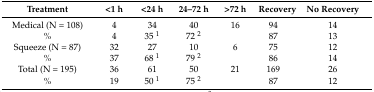
<table><thead><tr><td><b>Treatment</b></td><td><b>&lt;1 h</b></td><td><b>&lt;24 h</b></td><td><b>24–72 h</b></td><td><b>&gt;72 h</b></td><td><b>Recovery</b></td><td><b>No Recovery</b></td></tr></thead><tbody><tr><td>Medical (N = 108)</td><td>4</td><td>34</td><td>40</td><td>16</td><td>94</td><td>14</td></tr><tr><td>%</td><td>4</td><td>35 <sup>1</sup></td><td>72 <sup>2</sup></td><td></td><td>87</td><td>13</td></tr><tr><td>Squeeze (N = 87)</td><td>32</td><td>27</td><td>10</td><td>6</td><td>75</td><td>12</td></tr><tr><td>%</td><td>37</td><td>68 <sup>1</sup></td><td>79 <sup>2</sup></td><td></td><td>86</td><td>14</td></tr><tr><td>Total (N = 195)</td><td>36</td><td>61</td><td>50</td><td>21</td><td>169</td><td>26</td></tr><tr><td>%</td><td>19</td><td>50 <sup>1</sup></td><td>75 <sup>2</sup></td><td></td><td>87</td><td>12</td></tr></tbody></table>